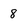
Character: 8